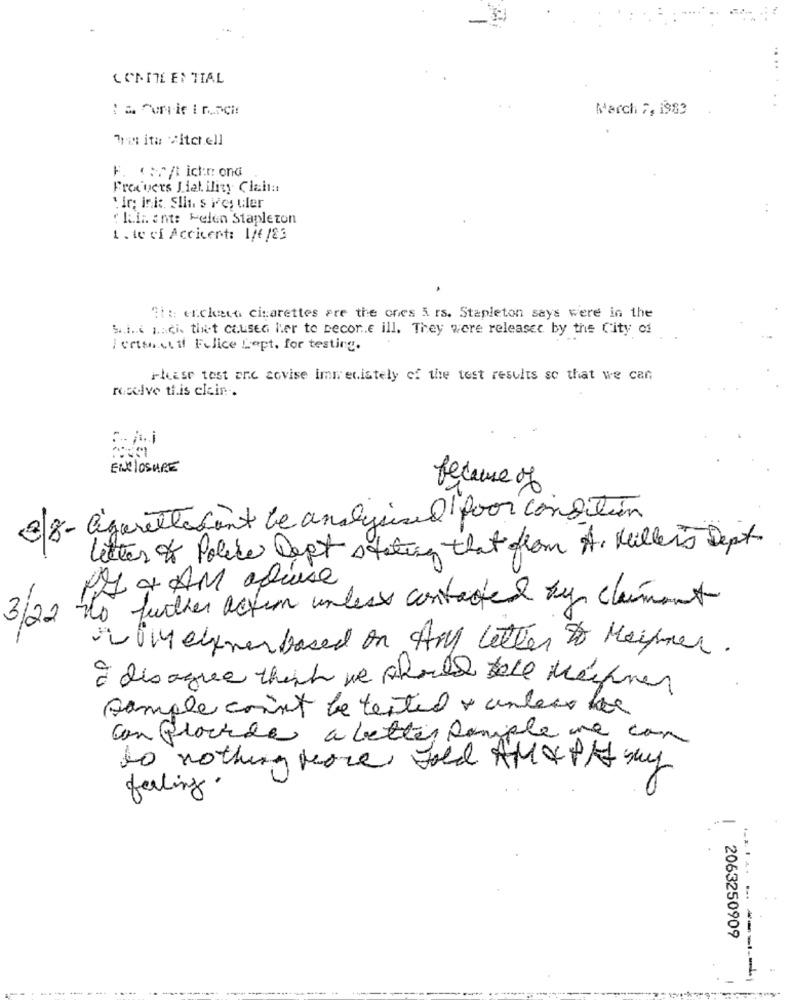
CONTE EN TIAL
March 7, 1983
Tras itu Sitch.ell
F. : //t ichrond
Freevers Liability Claim:
: ir: ink: Slit s ireg uler
" Rain ant: Helen Stapleton
1. le ci Accicert: 1/6/83
Gi :: e.ckett cigarettes are the ones & rs. Stapleton says were in the
S.i ... .... ci. tint causeG her te recor.e ill. They were released by the City of
Iertenatil Felice Lept. for testing.
Please test are sovise immediately of the test results so that we can
receive this clair ..
EIXOSURE
because of
3/8- agarettecant be analysisel poor condition
letter of Police Dept stating that from A. Miller's Dept.
PAL & AM aQuase
No further action unless contacted by claimant
3/22
VOM einer based on Amy Letter to Meisner.
I disagree think we should tell Machines
sample count be tested & unders be
can Glockde a letter sample we can
to nothing leave gold AM& PA say
feeling.
2063250909